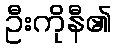
ဦးကိုနီ၏